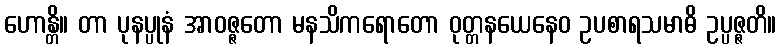
ဟောန္တိ။ တာ ပုနပ္ပုနံ အာဝဇ္ဇတော မနသိကရောတော ဝုတ္တနယေနေဝ ဥပစာရသမာဓိ ဥပ္ပဇ္ဇတိ။